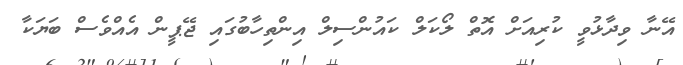
އޭނާ ވިދާޅުވީ ކުރިއަށް އޮތް ލޯކަލް ކައުންސިލް އިންތިހާބުގައި ޖޭޕީން އެއްވެސް ބަޔަކާ